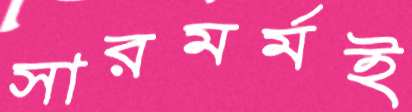
সারমর্মই